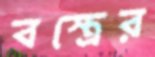
বস্ত্রের